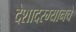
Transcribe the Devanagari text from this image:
देशादरम्यानचे